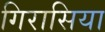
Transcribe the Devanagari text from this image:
गिरासिया